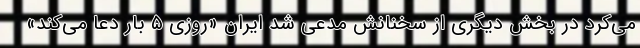
می‌کرد در بخش دیگری از سخنانش مدعی شد ایران «روزی ۵ بار دعا می‌کند»